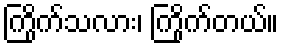
ကြိုက်သလား၊ ကြိုက်တယ်။